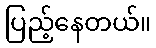
ပြည့်နေတယ်။